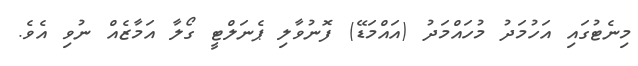
މިނެޓުގައި އަހުމަދު މުހައްމަދު (އައްމަޑޭ) ފޮނުވާލި ޕެނަލްޓީ ގޯލާ އަމާޒެއް ނުވި އެވެ.